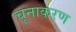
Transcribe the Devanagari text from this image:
चूनाकरण